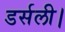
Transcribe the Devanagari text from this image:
डर्सली।